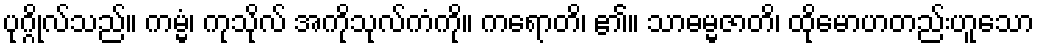
ပုဂ္ဂိုလ်သည်။ ကမ္မံ၊ ကုသိုလ် အကိုသုလ်ကံကို။ ကရောတိ၊ ၏။ သာဓမ္မဇာတိ၊ ထိုမောဟတည်းဟူသော